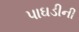
પાઘડીની